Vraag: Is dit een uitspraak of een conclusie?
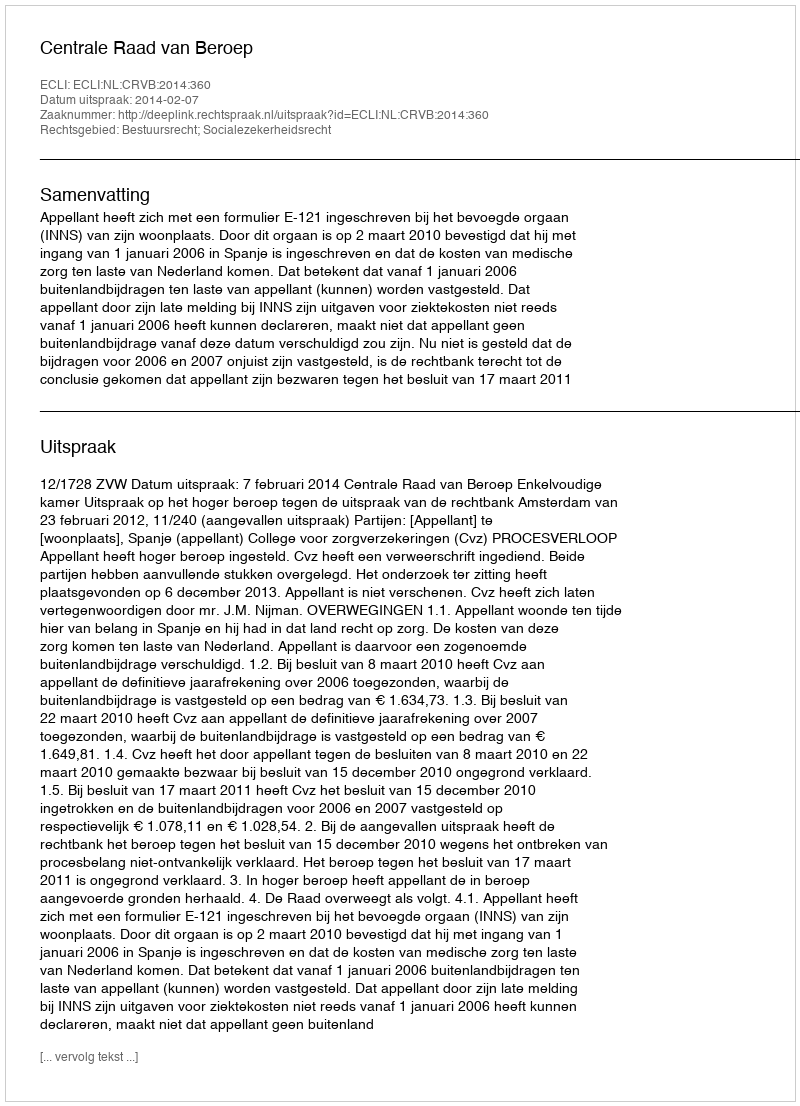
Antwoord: Uitspraak